Vaccination United Provinces of Agra and Oudh 1914-1922 - 1914-1922
Year: 1914
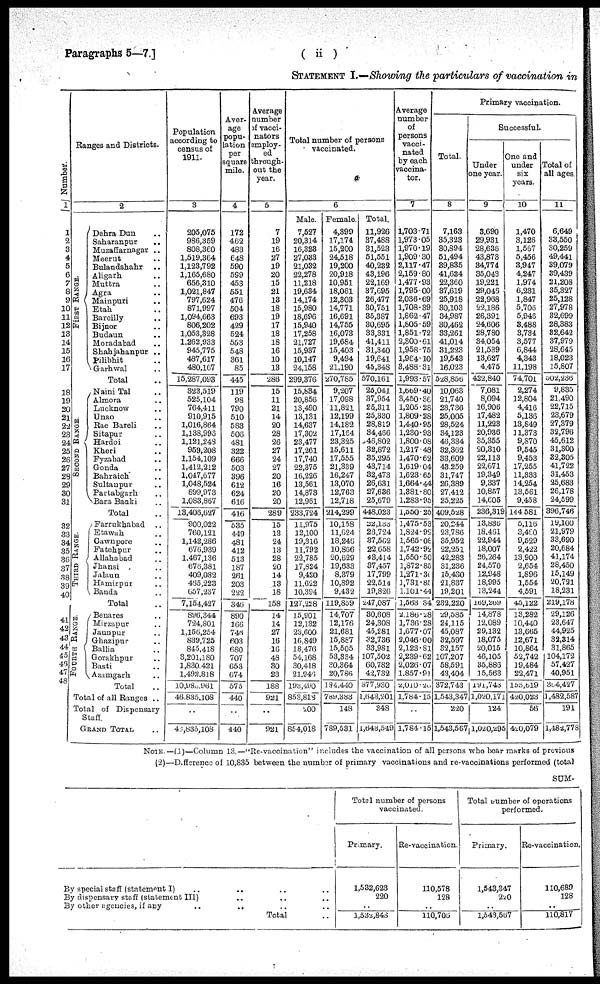
Paragraphs 5—7.]
( ii)
STATEMENT I.—Showing the particulars of vaccination in
Number.
1
1
2
3
4
5
6
7
8
9
10
11
12
13
14
15
16
17
18
19
20
21
22
23
24
25
26
27
29
29
30
31
32
33
34
35
36
37
38
30
40
43
44
45
46
47
Ranges and Districts.
2
FIRST RANGE.
SECOND RANGE.
THIRD RANGE.
FOURTH RANGE
Dehra Dun ..
Saharanpur
..
Muzaffarnagar ..
Meerut ..
Bulandshahr ..
Aligarh ..
Muttra ..
Agra ..
Mainpuri ..
Etah ..
Bareilly ..
Bijnor ..
Budaun ..
Moradabad ..
Shahjabanpur ..
Pilibhit ..
Garhwal ..
Total ..
Naini Tal ..
Almora ..
Lucknow ..
Unao ..
Rae Bareli ..
Sitapur ..
Hardoi ..
Kheri ..
Fyzabad ..
Gonda ..
Bahraich ..
Sultaupur ..
Partabgarh ..
Bara Banki ..
Total ..
Farrukhabad
..
Etawah ..
Cawnpore ..
Fatehpur ..
Allahabad ..
Jhansi ..
Jalaun ..
Hamirpur ..
Banda ..
Total ..
Benares ..
Mirzapur ..
Jaunpur ..
Ghazipur ..
Ballia ..
Gorakhpur ..
Basti ..
Azamgarh ..
Total ..
Total of all Ranges ..
Total of Dispensary
Staff.
GRAND TOTAL ..
Population
according to
census of
1911.
3
205,075
986,859
808,360
1,519,364
1,123,792
1,165,680
656,310
1,021,847
797,624
871,997
1,094,663
806,202
1,053,328
1,262,933
945,775
487,617
480,167
15,287,093
323,519
525,104
764,411
910,915
1,016,864
1,138,993
1,121,248
959,208
1,154,109
1,412,212
1,047,677
1,048,524
899,973
1,083,867
13,406,627
900,022
760,121
1,142,286
676,939
1,467,136
676,381
409,082
465,223
657,237
7,154,427
896,344
724,801
1,156,254
839,725
845,418
3,201,180
1,830,421
1,492,818
10,986,961
46,835,108
..
46,835,108
Aver-
age
popu-
lation
per
square
mile.
4
172
462
483
648
590
599
453
551
476
504
693
429
524
553
548
361
85
445
119
98
790
510
583
506
481
322
666
503
396
612
624
616
416
535
449
481
412
513
187
261
203
222
346
890
166
746
603
680
707
653
674
575
440
..
440
Average
number
of vacci¬
nators
employ-
ed
through-
out the
year.
5
7
19
16
27
19
20
15
21
13
18
19
17
18
18
16
10
13
286
15
11
21
14
20
28
26
27
24
27
20
16
20
20
289
15
13
24
13
28
20
14
13
18
158
14
14
27
16
16
48
30
23
188
921
..
921
Total number of persons
vaccinated.
6
Male.
7,527
20,314
16,323
27,033
21,032
22,278
11,218
19,634
14,174
15,980
18,696
15,940
17,258
21,727
15,937
10,147
24,158
299,376
15,834
20,856
13,490
13,131
14,637
17,302
23,477
17,261
17,740
22,375
16,226
13,561
14,873
12,961
233,724
11,975
12,100
19,316
11,792
22,785
17,824
9,420
11,622
10,394
127,228
15,901
12,132
23,600
16,849
18,476
54,168
30,418
21,946
l93,490
853,818
200
854,018
Female.
4,399
17,174
15,200
24,518
19,200
20,918
10,951
18,061
12,303
14,771
16,691
14,755
16,073
19,684
15,403
9,494
21,190
270,785
9,207
17,098
11,821
12,199
14,182
17,164
23,325
15,611
17,555
21,339
16,247
13,070
12,763
12,718
214,299
10,158
11,624
18,246
10,866
20,629
19,633
8,379
10,892
9,432
119,859
14,707
12,176
21,681
15,887
15,505
53,334
30,364
20,786
194,440
789,383
148
789,531
Total.
11,926
37,488
31,523
51,551
40,232
43,196
22,169
37,695
26,477
30,751
35,387
30,695
33,331
41,411
31,340
19,641
45,348
570,161
25,041
37,954
25,311
25,330
28,819
34,466
46,802
32,872
35,295
43,714
32,473
26,631
27,636
25,679
448,023
22,133
23,724
37,562
22,658
43,414
37,457
17,799
22,514
19,826
247,087
30,608
24,308
45,281
32,736
33,981
107,502
60,782
42,732
377,930
1,643,201
348
1,643,549
Average
number
of
persons
vacci-
nated
by each
vaccina¬
tor.
7
1,703.71
1,973.05
1,970.19
1,909 30
2,117.47
2,159.80
1,477.93
1,795.00
2,036.69
1,708.39
1,862.47
1,805.59
1,851.72
2,300.61
1,958.75
1,984.10
3,488.31
1,993.57
1,669.40
3,450.36
1,205.28
1,809.28
1,440.95
1,230.93
1,800.08
1,217.48
1,470.62
1,619.04
1,623.65
1,664.44
1,381.80
1,283.95
1,550.25
1,475.53
1,824 .92
1,565.08
1,742.92
1,550.50
1,872.85
1,271.30
1,731.85
1,101.44
1,563.84
2,180.28
1,736.28
1,677.07
2,046.00
2,123.81
2,239.62
2,026.07
1,857.91
2,010.20
1,784.15
..
1,784.15
Primary vaccination.
Total.
8
7,163
35,323
30,894
51,494
39,835
41,634
22,360
37,619
25,918
30,103
34,987
30,462
33,261
41,014
31,223
19,543
16,023
528,850
10,063
21,740
23,736
25,005
28,524
34,123
46,334
32,362
33,609
43,259
31,747
26,389
27,412
25,225
409,528
20,244
23,786
35,952
22,251
42,283
31,236
15,430
21,837
19,201
232,220
29,585
24,115
45,087
32,597
32,157
107,207
58,591
43,404
372,743
1,543,347
220
1,543,567
Successful.
Under
one year.
9
3,690
29,931
28,636
43,873
34,774
35,048
19,221
29,046
22,968
22,186
26,391
24,606
28,780
34,054
21,539
13,627
4,475
422,840
7,081
8,094
16,906
17,482
11,223
20,936
35,355
20,310
22,113
22,671
19,349
9,337
10,857
14,605
236,319
13,836
18,461
22,944
18,007
26,264
24,570
12,948
18,995
13,244
169,269
14,878
12,089
29,132
18,075
20,015
46,105
35,886
15,563
191.743
1,020,171
124
1,020,295
One and
under
six
years.
10
1,470
3,126
1,567
5,456
3,947
4,247
1,974
6,231
1,847
5,706
5,946
3,488
3,734
3,577
6,844
4,343
11,198
74,701
2,274
12,804
4,416
5,136
13,849
11,373
9,870
9,545
9,453
17,255
11,333
14,254
13,561
9,458
144,581
5,110
3,460
9,529
2,422
13,900
2,654
1,896
1,554
4,591
45,122
13,282
10,440
13,665
12,671
10,864
52,742
19,484
22,471
155,619
420,023
56
420,079
Total of
all ages
11
6,649
33,550
30,259
49,441
39,079
39,439
21,208
35,327
25,128
27,978
32,699
28,383
32,642
37,979
28,645
18,023
15,807
502,236
9,835
21,490
22,715
23,679
27,379
32,796
45,612
31,300
32,305
41,722
31,453
25,683
26,178
24,599
396,746
19,100
21,979
33,690
20,684
41,174
28,450
15,149
20,721
18,231
219,l78
29,126
23,647
44,925
32,314
31,865
104,172
57,427
40,951
364,427
1,482,587
191
1,482,778
NOTE.—(1)—Column 13.—"Re-vaccination" includes the vaccination of all persons who bear marks of previous
(2)—Difference of 10,835 between the number of primary vaccinations and re-vaccinations performed (total
SUM.
By special staff (statement I) .. .. .. ..
By dispensary staff (statement
III)..
..
..
By other agencies, if any .. .. .. ..
Total ..
Total number of persons
vaccinated.
Primary.
1,532,623
220
..
1,532,846
Re-vaccination.
110,578
128
..
110,705
Total number of operations
performed.
Primary.
1,543,347
220
..
1,543,567
Re-vaccination.
110,689
128
..
110,817